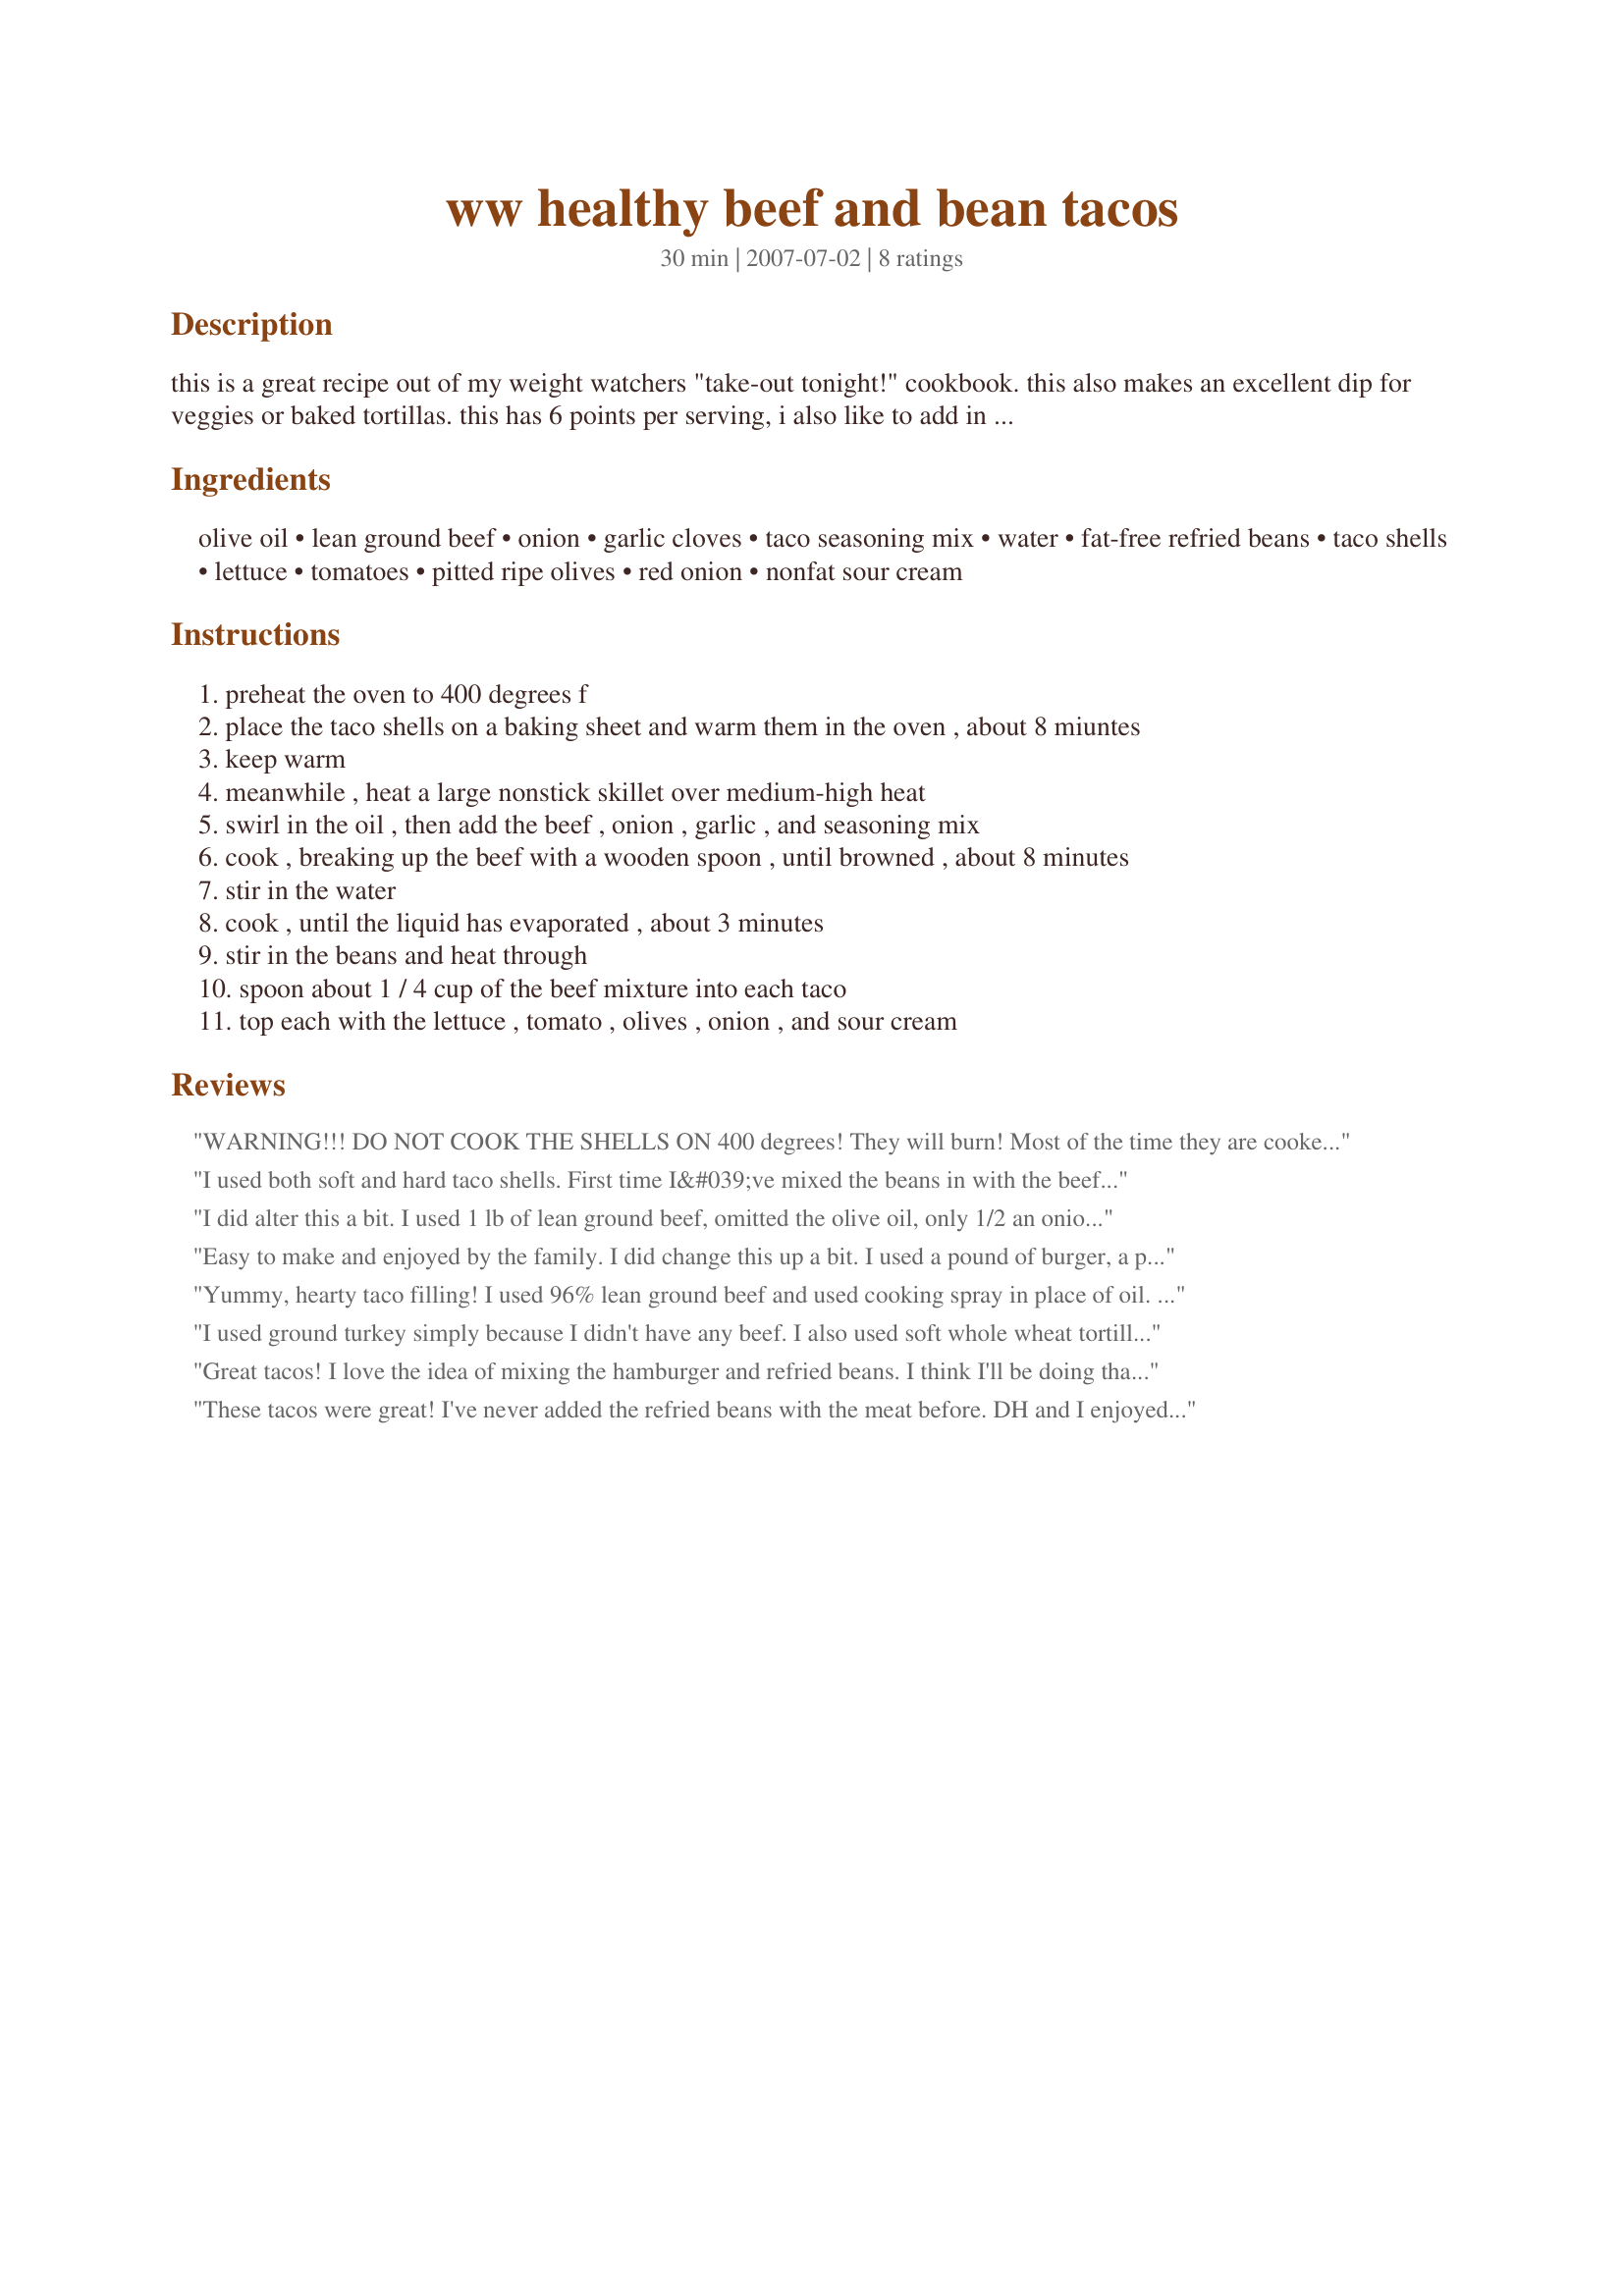
ww healthy beef and bean tacos
Preparation time: 30 minutes

this is a great recipe out of my weight watchers "take-out tonight!" cookbook. this also makes an excellent dip for veggies or baked tortillas. this has 6 points per serving, i also like to add in some 0 point things like salsa, pickled jalapenos and cilantro. dh who isn't watching points likes to throw on some shredded cheese. :)

Ingredients:
olive oil, lean ground beef, onion, garlic cloves, taco seasoning mix, water, fat-free refried beans, taco shells, lettuce, tomatoes, pitted ripe olives, red onion, nonfat sour cream

Steps:
preheat the oven to 400 degrees f
place the taco shells on a baking sheet and warm them in the oven , about 8 miuntes
keep warm
meanwhile , heat a large nonstick skillet over medium-high heat
swirl in the oil , then add the beef , onion , garlic , and seasoning mix
cook , breaking up the beef with a wooden spoon , until browned , about 8 minutes
stir in the water
cook , until the liquid has evaporated , about 3 minutes
stir in the beans and heat through
spoon about 1 / 4 cup of the beef mixture into each taco
top each with the lettuce , tomato , olives , onion , and sour cream

Reviews:
WARNING!!! DO NOT COOK THE SHELLS ON 400 degrees! They will burn! Most of the time they are cooked @ 325 for 3-8ish minutes (depending on the brand) NOT 400. I wasn't paying attention and followed the directions and burned them. Had to start that all over again when everything else was done. The other problem is - if you use meat with more fat you have to strain it (and you don't need to add the oil), and so adding the seasoning when the directions say to is NOT a good idea. That being said these were awesome & I'll continue to make them this way from now on.
I used both soft and hard taco shells. First time I&#039;ve mixed the beans in with the beef, usually I just layer it. I liked it this way. I used green onions instead of red for dietary reasons. We love tacos, and these were delicious......are you sure they are WW? LOL Made for FYC tag game.
I did alter this a bit. I used 1 lb of lean ground beef, omitted the olive oil, only 1/2 an onion and a packet of taco seasoning. I also used more water. These came out very good. Large quantity, not sure how many servings exactly, but we have leftovers. I also omitted the olives, but added diced avocado and used light sour cream instead of nonfat. I felt this method was a little less messy to eat because the beans helped hold the meat together. Yum!
Easy to make and enjoyed by the family. I did change this up a bit. I used a pound of burger, a packet of taco seasoning, 3/4 cup of water and a can of refried beans. I also omitted the onion and the olive oil. No one even noticed that there were beans in this. Nice, different way to make tacos.
Yummy, hearty taco filling! I used 96% lean ground beef and used cooking spray in place of oil. The refried beans serve to stretch the ground beef as well as add some flavor and texture. We had this filling in hard and soft taco shells and we had a taco fixins bar. I may add refried beans to my taco filling all the time now. Thanx for posting!
I used ground turkey simply because I didn't have any beef. I also used soft whole wheat tortillas. Thanks for a yummy tasty lunch. Made for 1-2-3 tag.
Great tacos! I love the idea of mixing the hamburger and refried beans. I think I'll be doing that for tacos from now on. I didn't have any taco seasoning, so just fudged it, next time I'll make sure to use the real thing. We topped ours off with tomato/salsa, olives and lettuce. We cheated though and added cheese. These are VERY generous portions and DH was full after 2 (normally he'd eat at least 4 tacos). DH did say the beans were a little dry, but probably because of the lack of water/taco seasoning. He does want me to make them again though!
These tacos were great! I've never added the refried beans with the meat before. DH and I enjoyed the creaminess of that mixture. I didn't bother with the 1 tsp oil as I almost never use oil to brown ground beef and I used soft taco shells. Of course there were lots of fixings to add in as suggested. Thanks for sharing.
